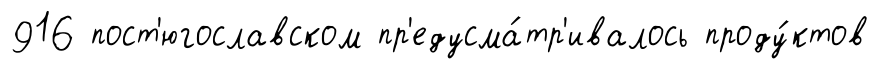
916 пост'югославском пр'едусма́тр'ивалось проду́ктов